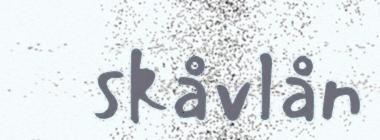
skåvlån